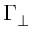
\Gamma _ { \perp }